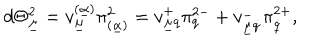
d \Theta _ { \underline { { \mu } } } ^ { 2 } = v _ { \underline { { \mu } } } ^ { ( \underline { { \alpha } } ) } \pi _ { ( \underline { { \alpha } } ) } ^ { 2 } = v _ { \underline { { \mu } } q } ^ { + } \pi _ { q } ^ { 2 - } + v _ { \underline { { \mu } } \dot { q } } ^ { - } \pi _ { \dot { q } } ^ { 2 + } ,